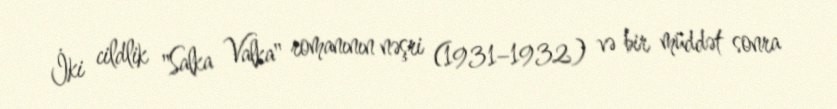
İki cildlik "Salka Valka" romanının nəşri (1931–1932) və bir müddət sonra